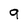
Character: 9